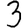
Digit: 3